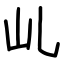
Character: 乢